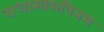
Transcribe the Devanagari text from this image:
राधास्वरुपिनम